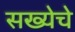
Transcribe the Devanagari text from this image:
सख्येचे